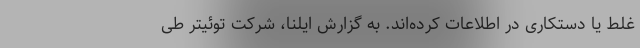
غلط یا دستکاری در اطلاعات کرده‌اند. به گزارش ایلنا، شرکت توئیتر طی